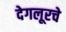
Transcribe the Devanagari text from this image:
देगलूरचे